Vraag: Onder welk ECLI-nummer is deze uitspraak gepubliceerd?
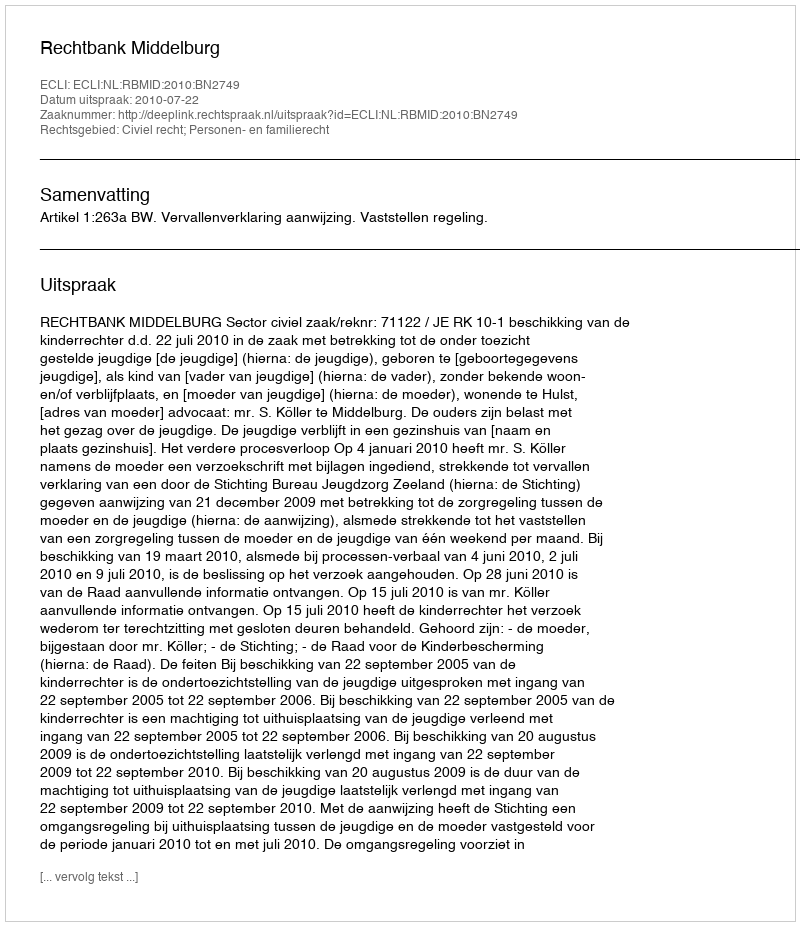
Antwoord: ECLI:NL:RBMID:2010:BN2749